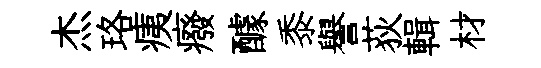
杰珞痍癈醵黍譽荻輯材